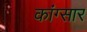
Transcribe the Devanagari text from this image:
कांग्सार